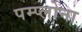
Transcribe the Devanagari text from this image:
पम्प्लोना